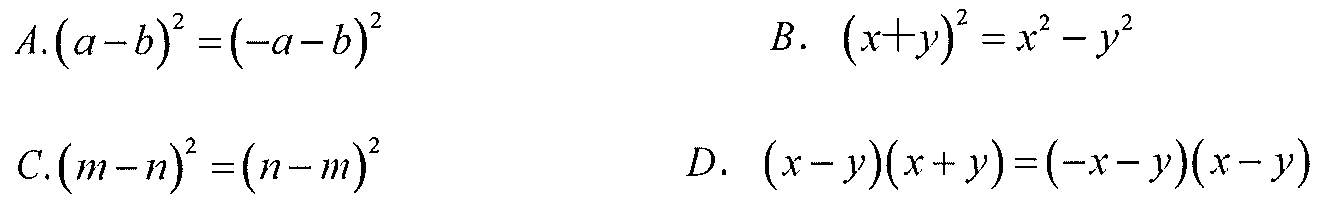
\(A.(a - b)^{2}=(-a - b)^{2}\)  \(B.\ (x + y)^{2}=x^{2}-y^{2}\)
\(C.(m - n)^{2}=(n - m)^{2}\)  \(D.\ (x - y)(x + y)=(-x - y)(x - y)\)